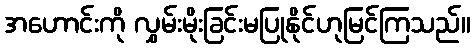
အဟောင်းကို လွှမ်းမိုးခြင်းမပြုနိုင်ဟုမြင်ကြသည်။